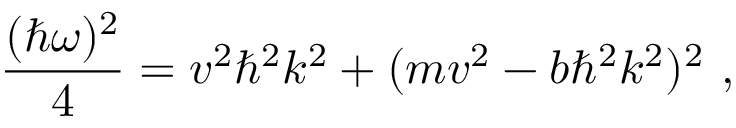
\frac { ( \hbar \omega ) ^ { 2 } } { 4 } = v ^ { 2 } \hbar ^ { 2 } k ^ { 2 } + ( m v ^ { 2 } - b \hbar ^ { 2 } k ^ { 2 } ) ^ { 2 } \ ,